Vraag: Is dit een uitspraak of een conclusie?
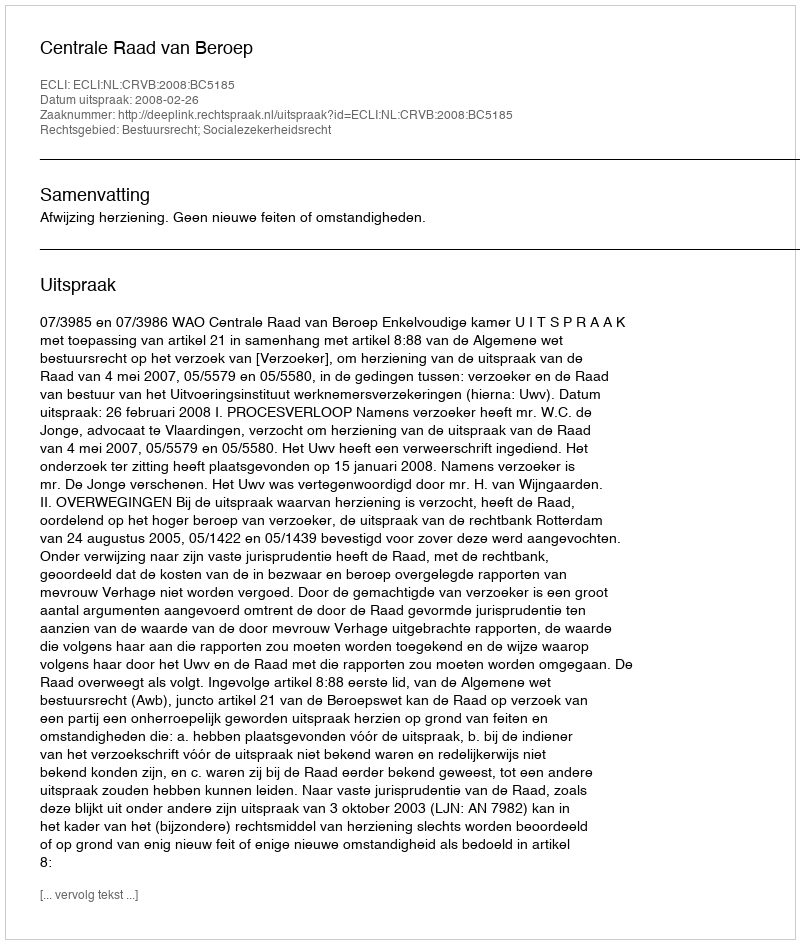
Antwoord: Uitspraak